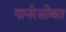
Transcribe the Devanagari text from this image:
गार्नरसोबत